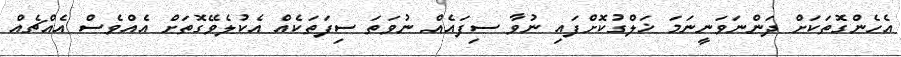
އެހެންގޮތަކަށް ދަންނަވަނީނަމަ ޚަލްގުކޮށްފައި ނުވާ ސިފައެއް ނުވަތަ ސިފަތަކެއް އެކުލެވޭގޮތަށް އެއްވެސް އެއްޗެއް